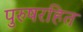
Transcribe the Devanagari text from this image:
पुरुषरहित